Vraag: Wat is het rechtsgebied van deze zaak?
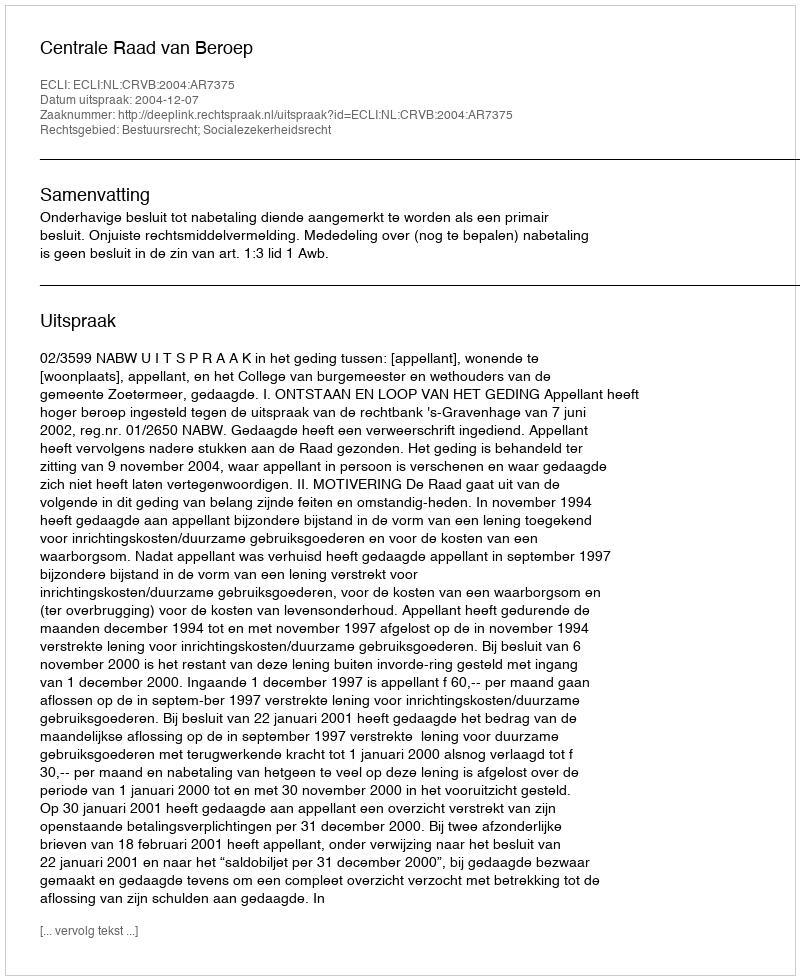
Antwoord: Bestuursrecht; Socialezekerheidsrecht